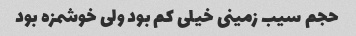
حجم سیب زمینی خیلی کم بود ولی خوشمزه بود